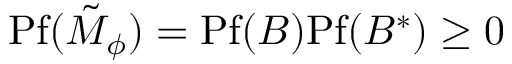
\mathrm { P f } ( \tilde { M } _ { \phi } ) = \mathrm { P f } ( B ) \mathrm { P f } ( B ^ { * } ) \ge 0